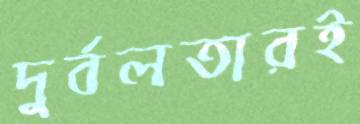
দুর্বলতারই